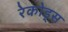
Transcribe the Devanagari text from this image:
रेकोड्स